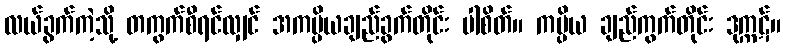
လယ်ခွက်ကဲ့သို့ တကွက်စီရင်လျှင် အကပ္ပိယချည်ခွက်တိုင်း ပါစိတ်။ ကပ္ပိယ ချည်ကွက်တိုင်း ဒုက္ကဋ်။